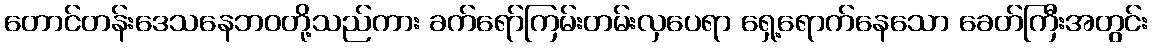
တောင်တန်းဒေသနေဘဝတို့သည်ကား ခက်ရော်ကြမ်းတမ်းလှပေရာ ရှေ့ရောက်နေသော ခေတ်ကြီးအတွင်း